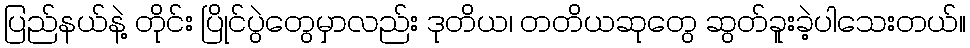
ပြည်နယ်နဲ့ တိုင်း ပြိုင်ပွဲတွေမှာလည်း ဒုတိယ၊ တတိယဆုတွေ ဆွတ်ခူးခဲ့ပါသေးတယ်။